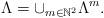
LaTeX: \begin{align*}\Lambda = \cup_{m\in \mathbb{N}^2} \Lambda^m. \end{align*}